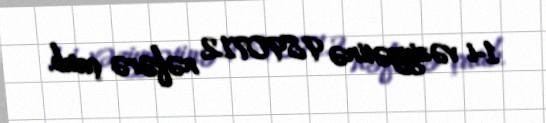
1-i vəziyyətinə 9890712 nəfərə çatıb.